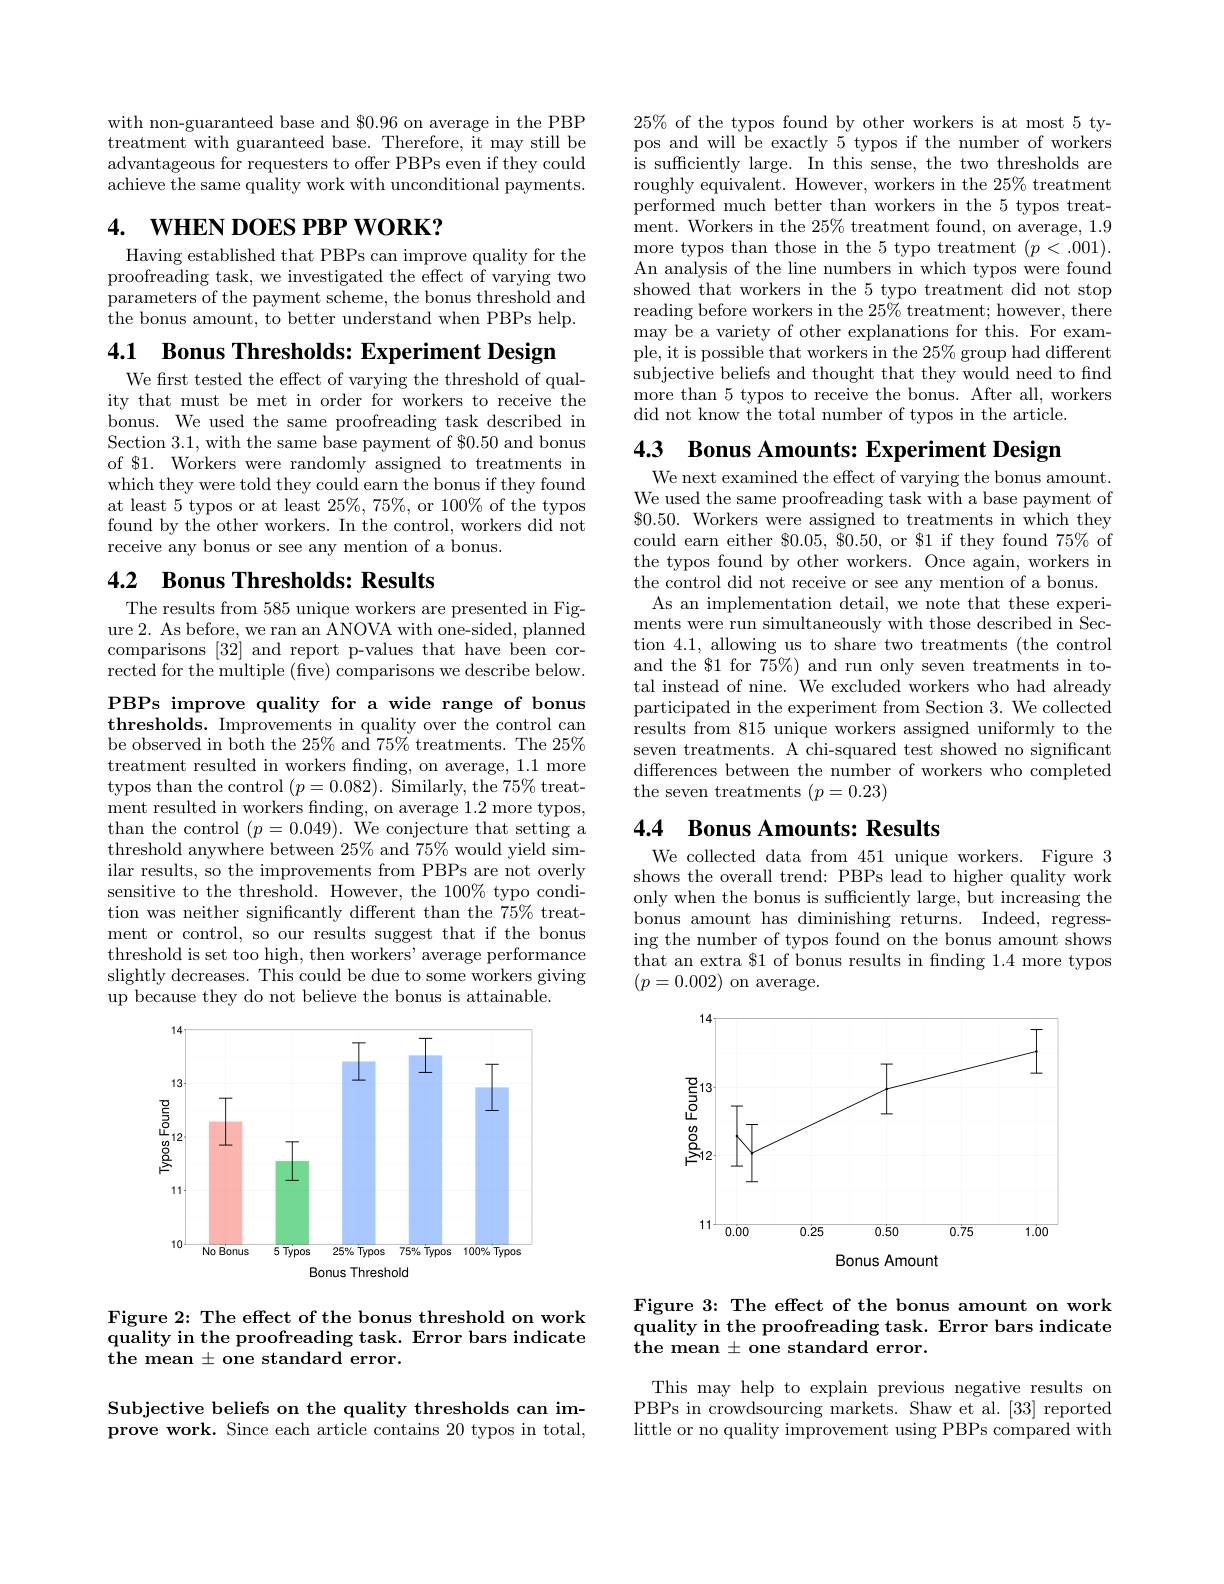
$25\%$ of the typos found by other workers is at most 5 typos and will be exactly 5 typos if the number of workers is suffciently large. In this sense, the two thresholds are roughly equivalent. However, workers in the $25\%$ treatment performed much better than workers in the 5 typos treatment. Workers in the $25\%$ treatment found, on average, 1.9 more typos than those in the 5 typo treatment $(p<.001).$ An analysis of the line numbers in which typos were found showed that workers in the 5 typo treatment did not stop reading before workers in the $25\%$ treatment; however, there may be a variety of other explanations for this. For example, it is possible that workers in the $25\%$ group had different subjective beliefs and thought that they would need to find more than 5 typos to receive the bonus. After all, workers did not know the total number of typos in the article.

with non-guaranteed base and $0.96 on average in the PBP treatment with guaranteed base. Therefore, it may still be advantageous for requesters to offer PBPs even if they could achieve the same quality work with unconditional payments.

## 4. WHEN DOES PBP WORK?

Having established that PBPs can improve quality for the proofreading task, we investigated the effect of varying two parameters of the payment scheme, the bonus threshold and the bonus amount, to better understand when PBPs help.

4.1 Bonus Thresholds: Experiment Design

We frst tested the effect of varying the threshold of quality that must be met in order for workers to receive the bonus. We used the same proofreading task described in Section 3.1, with the same base payment of $0.50 and bonus of $1. Workers were randomly assigned to treatments in which they were told they could earn the bonus if they found at least 5 typos or at least $25\%,75\%$,or 100% of the typos found by the other workers. In the control, workers did not receive any bonus or see any mention of a bonus.

## 4.2 Bonus Thresholds: Results

The results from 585 unique workers are presented in Figure 2. As before, we ran an ANOVA with one-sided, planned comparisons [32] and report p-values that have been corrected for the multiple (five) comparisons we describe below.

PBPs improve quality for a wide range of bonus thresholds. Improvements in quality over the control can be observed in both the $25\%$ and $75\%$ treatments. The $25\%$ treatment resulted in workers fnding, on average, 1.1 more typos than the control $(p=0.082).$ Similarly, the $75\%$ treatment resulted in workers finding, on average 1.2 more typos, than the control $(p=0.049).$ We conjecture that setting a threshold anywhere between $25\%$ and $75\%$ would yield similar results, so the improvements from PBPs are not overly sensitive to the threshold. However, the 100% typo condition was neither significantly different than the 75% treatment or control, so our results suggest that if the bonus threshold is set too high, then workers' average performance slightly decreases. This could be due to some workers giving up because they do not believe the bonus is attainable.

<FigureHere>

Figure 2: The effect of the bonus threshold on work quality in the proofreading task. Error bars indicate the mean $\pm$one standard error.

Subjective beliefs on the quality thresholds can improve work. Since each article contains 20 typos in total,

4.3 Bonus Amounts: Experiment Design
We next examined the effect of varying the bonus amount. We used the same proofreading task with a base payment of $\$0.50.$ Workers were assigned to treatments in which they could earn either $\$0.05,\$0.50$, or $1 if they found $75\%$ of the typos found by other workers. Once again, workers in the control did not receive or see any mention of a bonus. As an implementation detail, we note that these experi-
ments were run simultaneously with those described in Section 4.1, allowing us to share two treatments (the control and the $1 for $\bar{75\%})$ and run only seven treatments in total instead of nine. We excluded workers who had already participated in the experiment from Section 3. We collected results from 815 unique workers assigned uniformly to the seven treatments. A chi-squared test showed no significant differences between the number of workers who completed the seven treatments $(p=0.23)$

## 4.4 Bonus Amounts: Results

We collected data from 451 unique workers. Figure 3 shows the overall trend: PBPs lead to higher quality work only when the bonus is suffciently large, but increasing the bonus amount has diminishing returns. Indeed, regressing the number of typos found on the bonus amount shows that an extra $1 of bonus results in fnding 1.4 more typos $(p=0.002)$ on average.

<FigureHere>

Figure 3: The effect of the bonus amount on work quality in the proofreading task. Error bars indicate the mean $\pm$ one standard error.

This may help to explain previous negative results on PBPs in crowdsourcing markets. Shaw et al. [33] reported little or no quality improvement using PBPs compared with